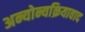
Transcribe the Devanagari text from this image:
अन्योन्यक्रियावाद